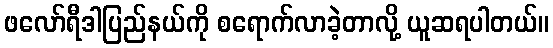
ဖလော်ရီဒါပြည်နယ်ကို စရောက်လာခဲ့တာလို့ ယူဆရပါတယ်။